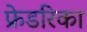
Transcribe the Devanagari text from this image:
फ्रेडरिका